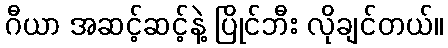
ဂီယာ အဆင့်ဆင့်နဲ့ ပြိုင်ဘီး လိုချင်တယ်။